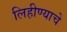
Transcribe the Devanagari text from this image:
लिहीण्याचे